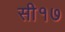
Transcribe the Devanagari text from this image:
सी१७